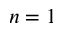
n = 1